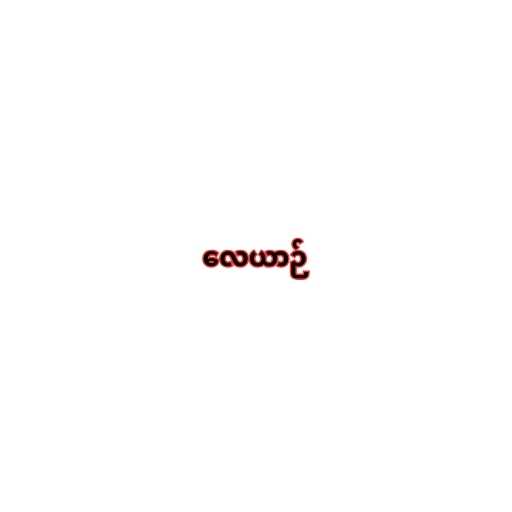
လေယာဉ်